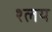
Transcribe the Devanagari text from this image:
श्लय